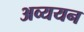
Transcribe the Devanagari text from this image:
अव्ययन